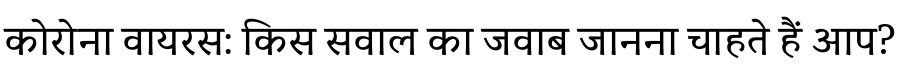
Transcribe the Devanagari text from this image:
कोरोना वायरस: किस सवाल का जवाब जानना चाहते हैं आप?